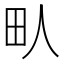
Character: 㽗